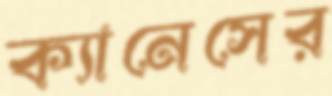
ক্যানেসের